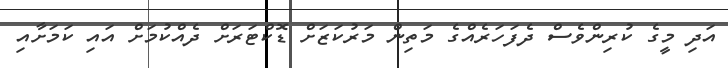
އަދި މީގެ ކުރިންވެސް ދެފަހަރެއްގެ މަތިން މަރުކަޒަށް ޑޮކްޓަރަށް ދެއްކުމަށް އައި ކަމަށާއި